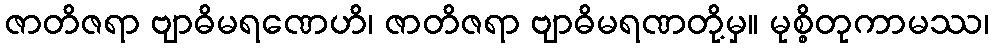
ဇာတိဇရာ ဗျာဓိမရဏေဟိ၊ ဇာတိဇရာ ဗျာဓိမရဏတို့မှ။ မုစ္စိတုကာမဿ၊